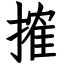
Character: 搉